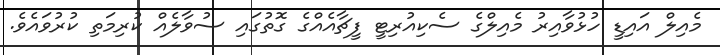
މެއިލް އައިޑީ ހުޅުވާއިރު މެއިލްގެ ސެކިއުރިޓީ ފީޗާއެއްގެ ގޮތުގައި ސުވާލެއް ކުރިމަތި ކުރުވައެވެ.